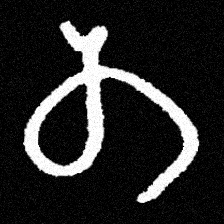
Pyu character \u2014 Myanmar letter: တ (romanized: ta)